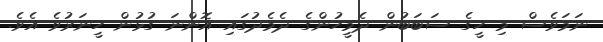
ނަމަވެސް މި ހީގެ ސަބަބުން ދެމީހުންގެ ދެމެދުގައި އޮންނަ ގުޅުން ހީނަރުވެ އެވެ.